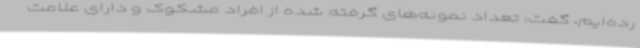
رده‌ایم، گفت: تعداد نمونه‌های گرفته شده از افراد مشکوک و دارای علامت